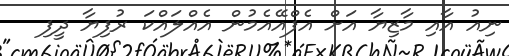
ނިއު އާއި މާޒިޔާ އަށް އެފްއޭއެމުން އެއްލައްކަ ރުފިޔާ ދީފި